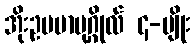
အိုးဥပမာပုဂ္ဂိုလ် ၄-မျိုး